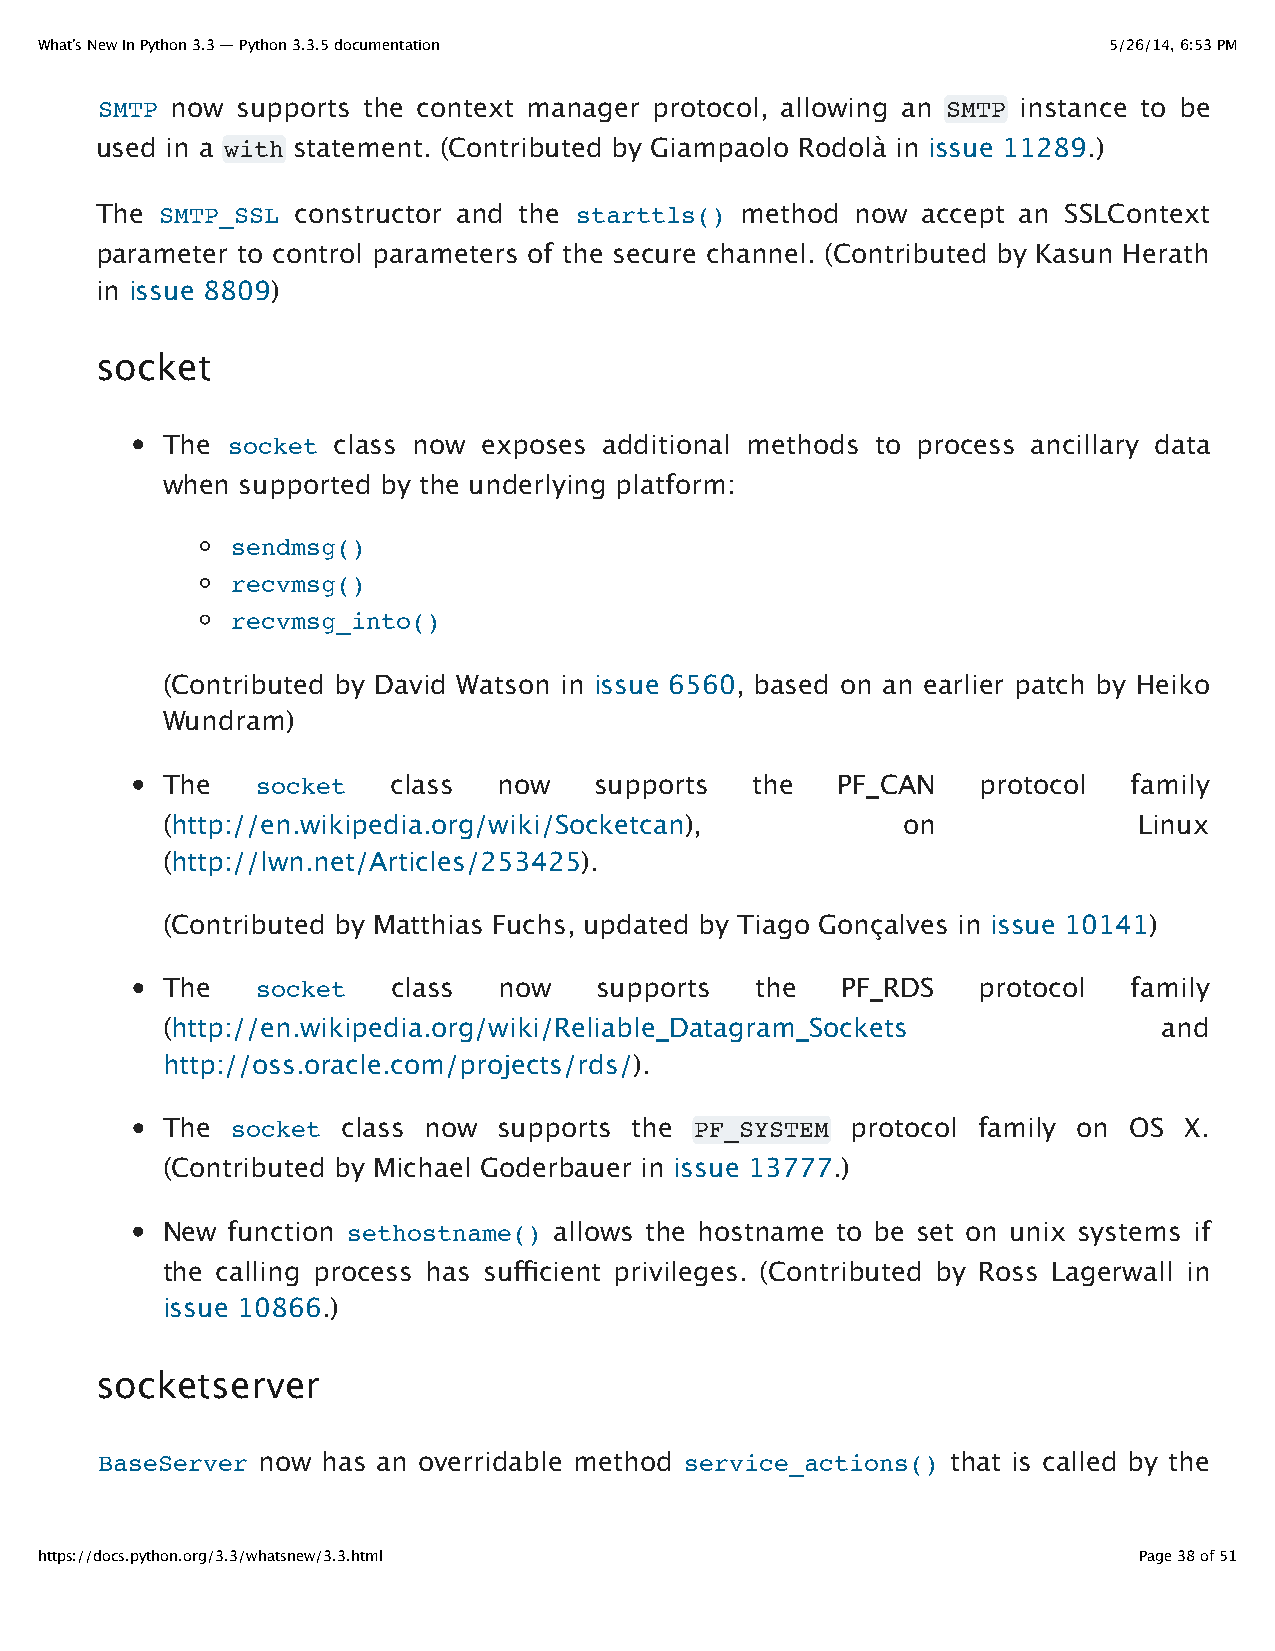
What’s New In Python 3.3 — Python 3.3.5 documentation                  5/26/14, 6:53 PM
 SMTP now  supports the context manager protocol, allowing an SMTP instance to be
 used in a with statement. (Contributed by Giampaolo Rodolà in issue 11289.)
 The  SMTP_SSL constructor and the starttls() method now accept an SSLContext
 parameter to control parameters of the secure channel. (Contributed by Kasun Herath
 in issue 8809)
 socket
 The socket class now exposes additional methods to process ancillary data
 when supported by the underlying platform:
 sendmsg()
 recvmsg()
 recvmsg_into()
 (Contributed by David Watson in issue 6560, based on an earlier patch by Heiko
 Wundram)
 The   socket   class  now   supports   the  PF_CAN    protocol  family
 (http://en.wikipedia.org/wiki/Socketcan),        on             Linux
 (http://lwn.net/Articles/253425).
 (Contributed by Matthias Fuchs, updated by Tiago Gonçalves in issue 10141)
 The   socket   class  now    supports  the   PF_RDS   protocol  family
 (http://en.wikipedia.org/wiki/Reliable_Datagram_Sockets           and
 http://oss.oracle.com/projects/rds/).
 The socket  class now supports the PF_SYSTEM protocol family on OS X.
 (Contributed by Michael Goderbauer in issue 13777.)
 New function sethostname() allows the hostname to be set on unix systems if
 the calling process has sufficient privileges. (Contributed by Ross Lagerwall in
 issue 10866.)
 socketserver
 BaseServer now has an overridable method service_actions() that is called by the
 https://docs.python.org/3.3/whatsnew/3.3.html                            Page 38 of 51